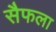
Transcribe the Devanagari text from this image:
सैफला